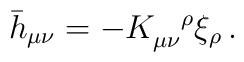
\bar h_{\mu\nu}= - K_{\mu\nu}^{\ \ \,\rho}\xi_\rho \, .